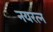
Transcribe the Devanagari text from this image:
नयरत्न